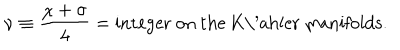
\nu \equiv \frac { \chi + \sigma } { 4 } = \mathrm { i n t e g e r ~ o n ~ t h e ~ K \ ' a h l e r ~ m a n i f o l d s . }